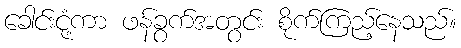
ခေါင်းငုံ့ကာ ဖန်ခွက်အတွင်း စိုက်ကြည့်နေသည်။